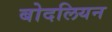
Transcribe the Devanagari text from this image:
बोदलियन